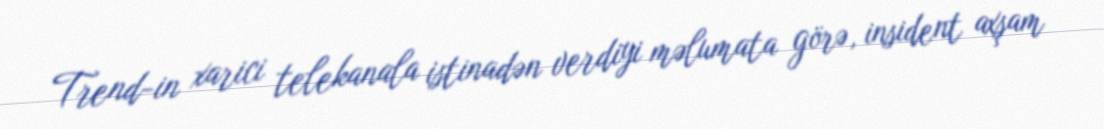
Trend-in xarici telekanala istinadən verdiyi məlumata görə, insident axşam